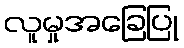
လူမှုအခြေပြု